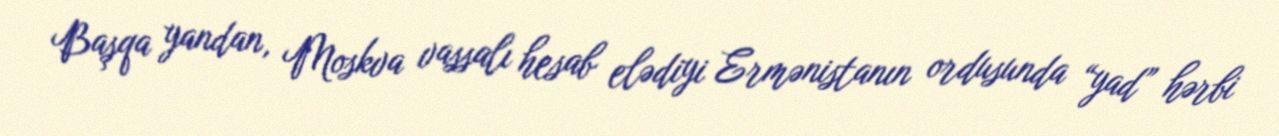
Başqa yandan, Moskva vassalı hesab elədiyi Ermənistanın ordusunda “yad” hərbi